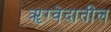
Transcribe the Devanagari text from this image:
ॠग्वेदातील